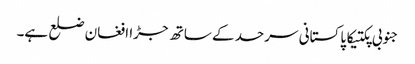
جنوبی پکتیکا پاکستانی سرحد کے ساتھ جڑا افغان ضلع ہے۔